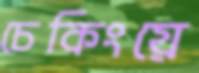
চেকিংয়ে